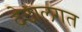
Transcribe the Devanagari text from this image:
देठालगत